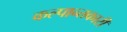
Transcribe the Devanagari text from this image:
कल्पान्तकारी